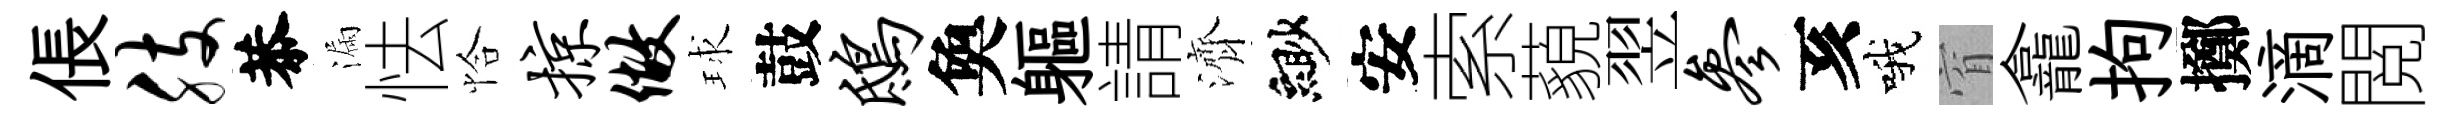
倀肢恭漏怯恰掠做球鼓鸱奐軀請濟緲安索藐翌参亥哦窅龕拘擲滴閲